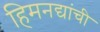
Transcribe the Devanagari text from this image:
हिमनद्यांची